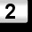
Digit: 2